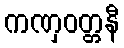
ကဏှဝတ္တနီ